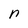
Character: n